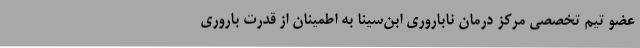
عضو تیم تخصصی مرکز درمان ناباروری ابن‌سینا به اطمینان از قدرت باروری